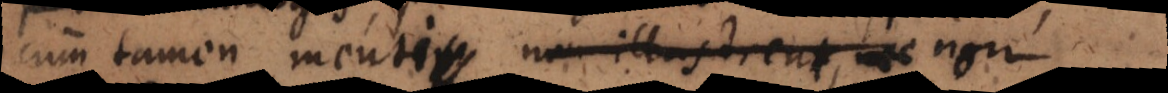
cum tamen mentem non illustrent, nec non